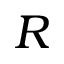
R